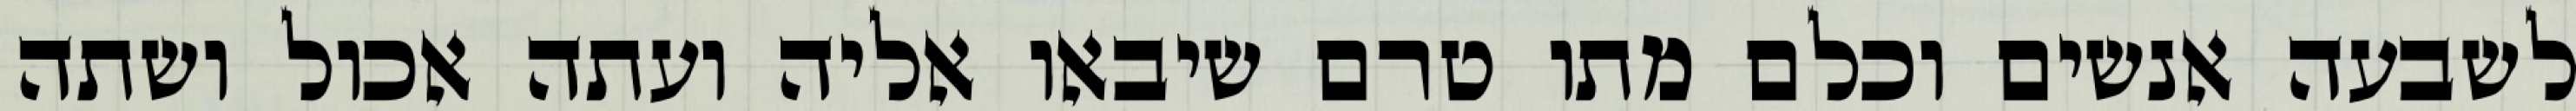
לשבעה אנשים וכלם מתו טרם שיבאו אליה ועתה אכול ושתה